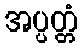
အပ္ပတ္တံ